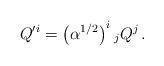
\begin{align*}Q'^i=\left( \alpha ^{1/2}\right) ^i{}_j Q^j\, .\end{align*}